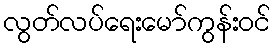
လွတ်လပ်ရေးမော်ကွန်းဝင်